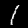
Label: 1